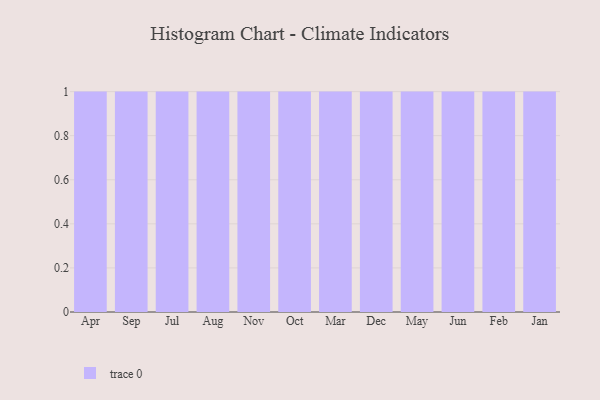
{"axis": {"x": "Month", "y": "Bounce Rate (%)"}, "legend": [""], "data": [{"x": "Apr", "y": 34, "type": ""}, {"x": "Sep", "y": 23, "type": ""}, {"x": "Jul", "y": 11, "type": ""}, {"x": "Aug", "y": 42, "type": ""}, {"x": "Nov", "y": 84, "type": ""}, {"x": "Oct", "y": 53, "type": ""}, {"x": "Mar", "y": 95, "type": ""}, {"x": "Dec", "y": 8, "type": ""}, {"x": "May", "y": 88, "type": ""}, {"x": "Jun", "y": 98, "type": ""}, {"x": "Feb", "y": 85, "type": ""}, {"x": "Jan", "y": 81, "type": ""}]}